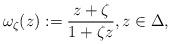
LaTeX: \begin{align*}\omega_{\zeta}(z):=\frac{z+\zeta}{1+\zeta z}, z\in\Delta,\end{align*}